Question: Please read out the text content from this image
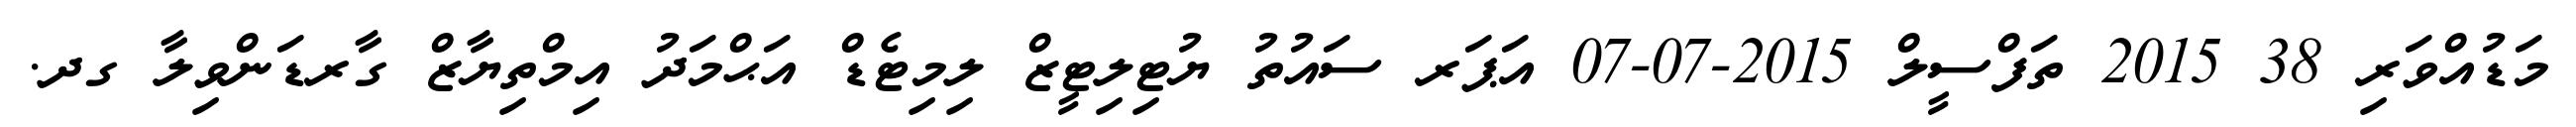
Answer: މަޑުއްވަރި 38 2015 ތަފްސީލް 2015-07-07 އަޕަރ ސައުތު ޔުޓިލިޓީޒް ލިމިޓެޑް އަޙްމަދު އިމްތިޔާޒް ގާރޑަންވިލާ ގދ.